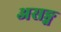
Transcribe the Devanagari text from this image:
असङ्ग